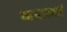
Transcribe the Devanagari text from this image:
महात्मां